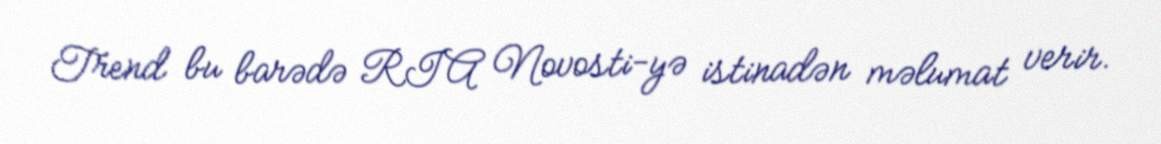
Trend bu barədə RIA Novosti-yə istinadən məlumat verir.